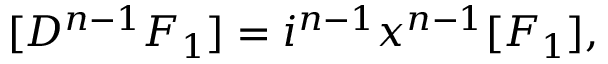
[ D ^ { n - 1 } F _ { 1 } ] = i ^ { n - 1 } x ^ { n - 1 } [ F _ { 1 } ] ,